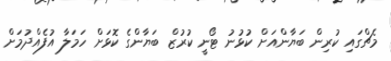
މެޗްގައި ކުރިން ބަޔާންއަށް ކުޅުނު ޓޯނީ ކުރުޒް ބަޔާންގެ ކޮޅަށް ހަމަލާ އުފެއްދުމަށް